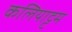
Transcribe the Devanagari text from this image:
कलियाट्टम